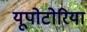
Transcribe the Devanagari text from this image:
यूपोटोरिया